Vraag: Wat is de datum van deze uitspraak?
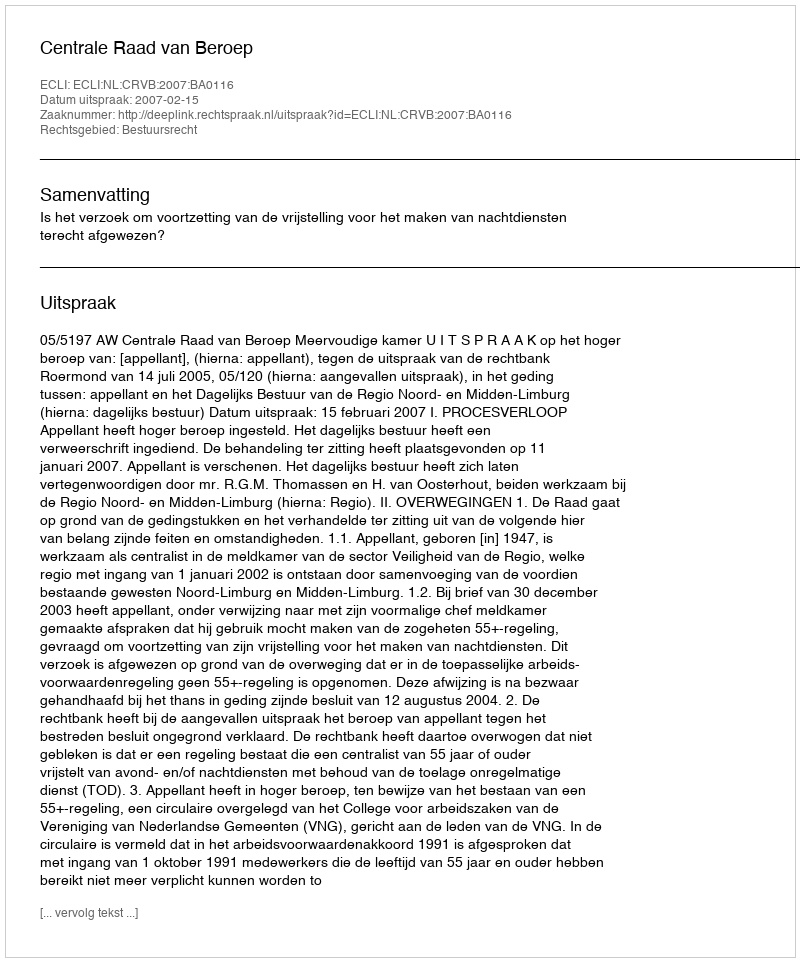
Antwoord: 2007-02-15